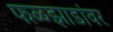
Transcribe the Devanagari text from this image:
फळझाडांवर